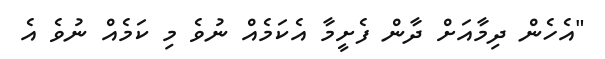
"އެހެން ދިމާއަށް ދާން ފެށީމާ އެކަމެއް ނުވެ މި ކަމެއް ނުވެ އެ